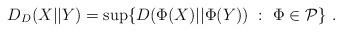
LaTeX: \begin{align*}D_D(X||Y) = \sup\{ D(\Phi(X)||\Phi(Y))\ :\ \Phi\in \mathcal{P}\}\ . \end{align*}